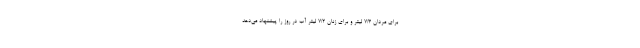
برای مردان ۷/۳ لیتر و برای زنان ۷/۲ لیتر آب در روز را پیشنهاد می‌دهد